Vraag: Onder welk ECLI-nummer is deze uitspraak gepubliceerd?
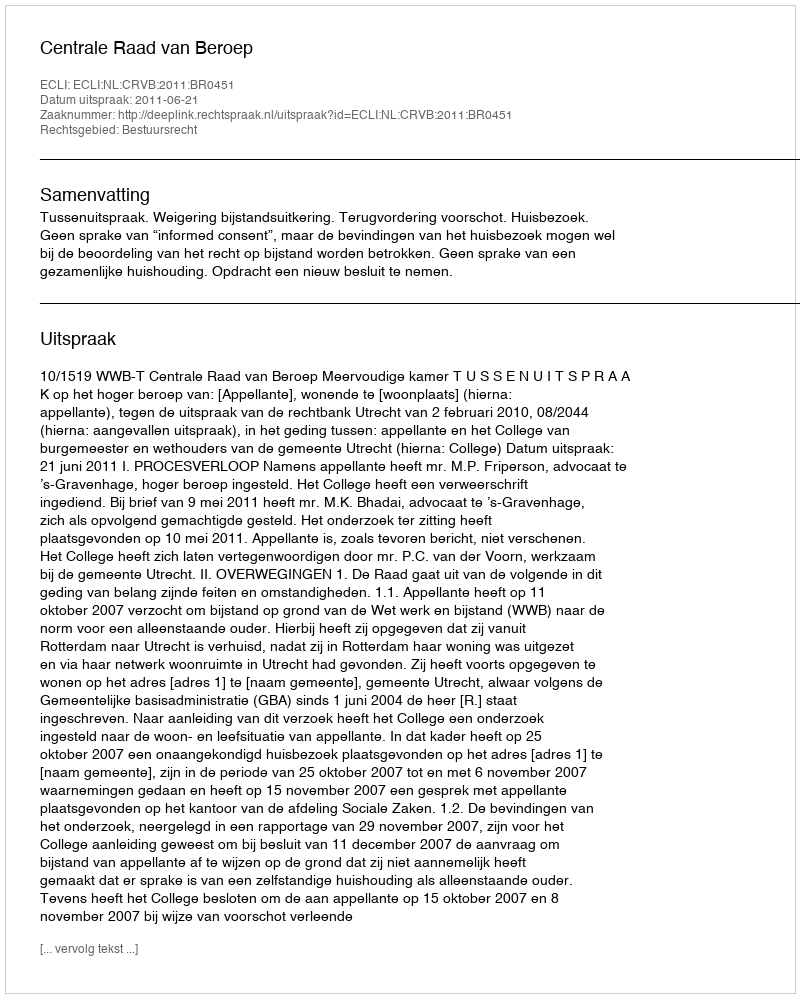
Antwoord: ECLI:NL:CRVB:2011:BR0451